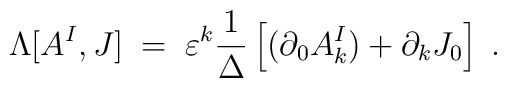
\Lambda[A^I, J]\;=\;\varepsilon^k \frac{1}{\Delta}\left[ (\partial_0 A_k^I) + \partial_k J_0\right]\;.